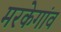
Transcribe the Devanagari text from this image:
मरकेगांव